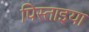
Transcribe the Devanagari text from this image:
पिस्ताइया